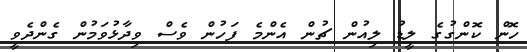
ހޮން ކޮންގުގެ ލީޑު ލިއުން ޗުން އެންމެ ފަހުން ވެސް ވިދާޅުވަމުން ގެންދެވީ